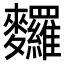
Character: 𪎆